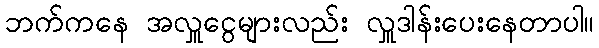
ဘက်ကနေ အလှူငွေများလည်း လှူဒါန်းပေးနေတာပါ။